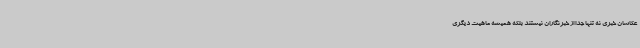
عکاسان خبری نه تنها جدا از خبرنگاران نیستند بلکه همیشه ماهیت دیگری